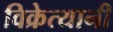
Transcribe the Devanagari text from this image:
विक्रेत्यानी